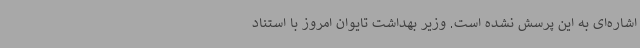
اشاره‌ای به این پرسش نشده است. وزیر بهداشت تایوان امروز با استناد